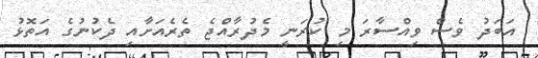
އަބަދު ވެސް ވިއްސާރަ މި ކުރަނީ މެދުރާއްޖެ ތެރެއަށާއި ދެކުނުގެ އަތޮޅު